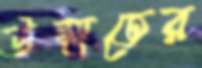
উম্মতের